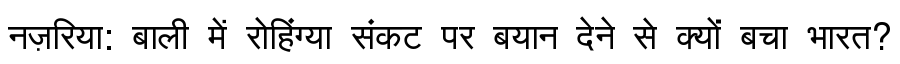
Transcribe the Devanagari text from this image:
नज़रिया: बाली में रोहिंग्या संकट पर बयान देने से क्यों बचा भारत?